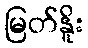
မြတ်နိူး